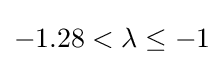
-1.28<\lambda \leq -1